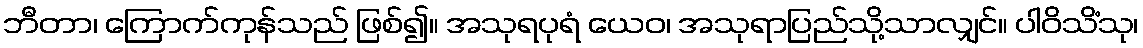
ဘီတာ၊ ကြောက်ကုန်သည် ဖြစ်၍။ အသုရပုရံ ယေဝ၊ အသုရာပြည်သို့သာလျှင်။ ပါဝိသိံသု၊